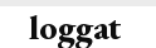
loggat